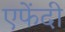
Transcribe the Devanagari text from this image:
एफेंदी